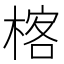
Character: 楁